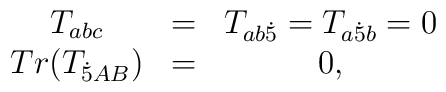
\begin{array}{ccc}T_{abc} & = & T_{ab{\dot 5}} = T_{a{\dot 5}b} = 0 \\Tr ( T_{{\dot 5}AB} ) & = & 0,\end{array}